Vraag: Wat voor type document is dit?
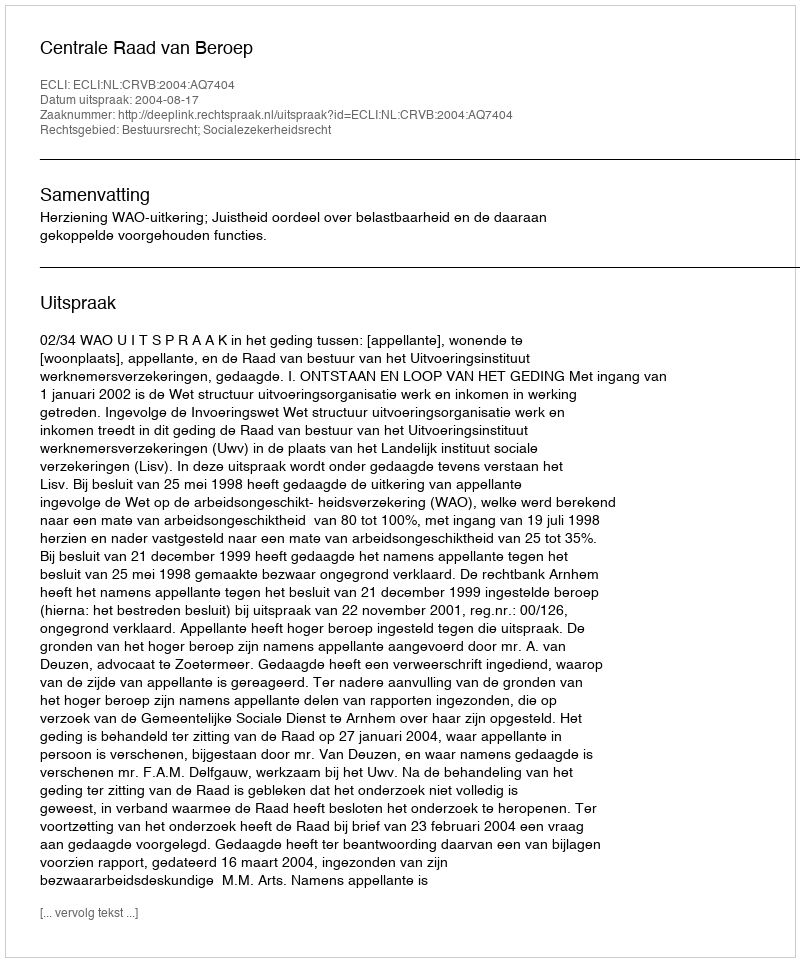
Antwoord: Uitspraak